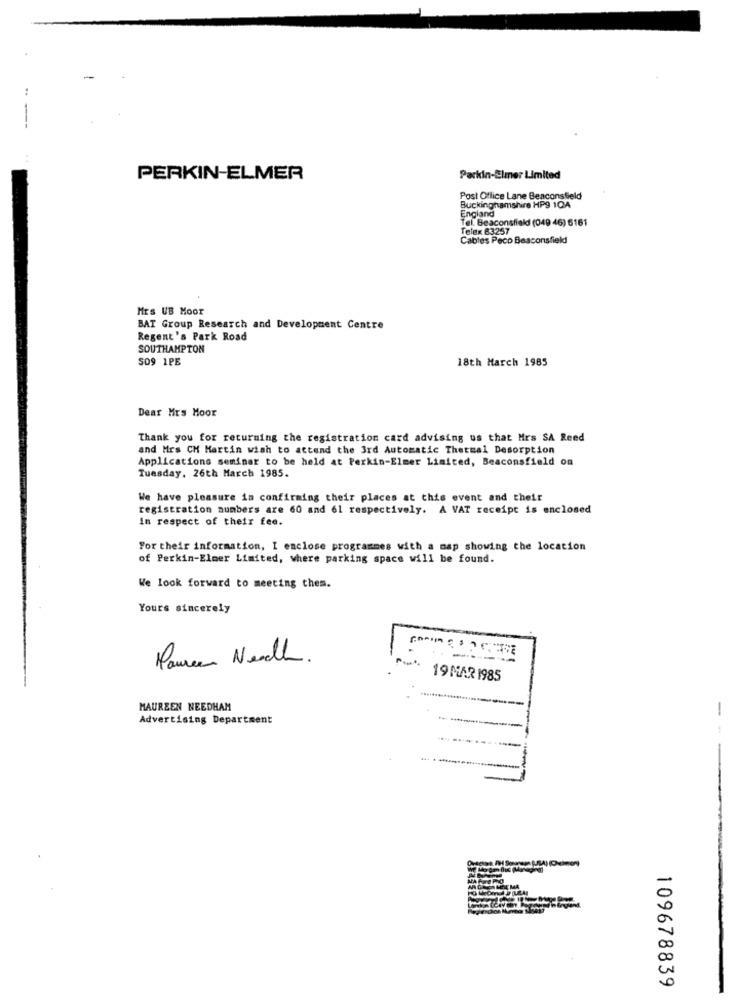
PERKIN-ELMER
Parkin-Elmer Limited
Post Office Lane Beaconsfield
Buckinghamshire HP9 1QA
England
Tel. Beaconsfield (049 46) 6161
Telex 83257
Cables Peco Beaconsfield
Mrs UB Moor
BAT Group Research and Development Centre
Regent's Park Road
SOUTHAMPTON
SO9 1PE
18th March 1985
Dear Mrs Moor
Thank you for returning the registration card advising us that Mrs SA Reed
and Mrs CH Martin wish to attend the 3rd Automatic Thermal Desorption
Applications seminar to be held at Perkin-Elmer Limited, Beaconsfield on
Tuesday, 26th March 1985.
We have pleasure in confirming their places at this event and their
registration numbers are 60 and 61 respectively. A VAT receipt is enclosed
in respect of their fee.
For their information, I enclose programmes with a map showing the location
of Perkin-Elmer Limited, where parking space will be found.
We look forward to meeting them.
Yours sincerely
Poureen Needh
19 MAR 1985
MAUREEN NEEDHAM
-
Advertising Department
109678839